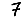
Digit: 7